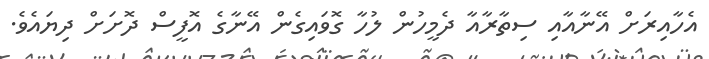
އެހާއިރަށް އޭނާއާއި ސިތާރާއާ ދެމީހުން ލުހާ ގޮވައިގެން އޭނާގެ އޮފީސް ދޮށަށް ދިޔައެވެ.